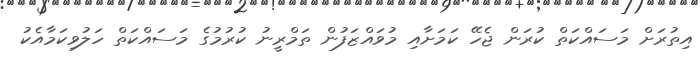
އިތުރަށް މަސައްކަތް ކުރަން ޖެހޭ ކަމަށާއި މުވައްޒަފުން ތަމްރީނު ކުރުމުގެ މަސައްކަތް ހަލުވިކަމާއެކު